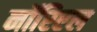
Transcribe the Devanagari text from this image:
नॉरिएल